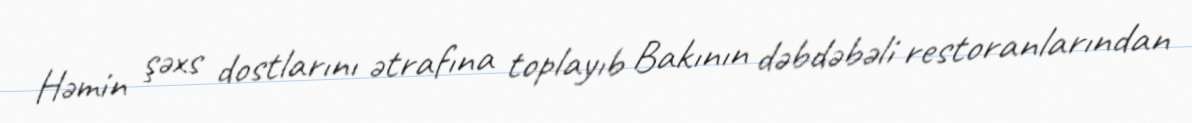
Həmin şəxs dostlarını ətrafına toplayıb Bakının dəbdəbəli restoranlarından